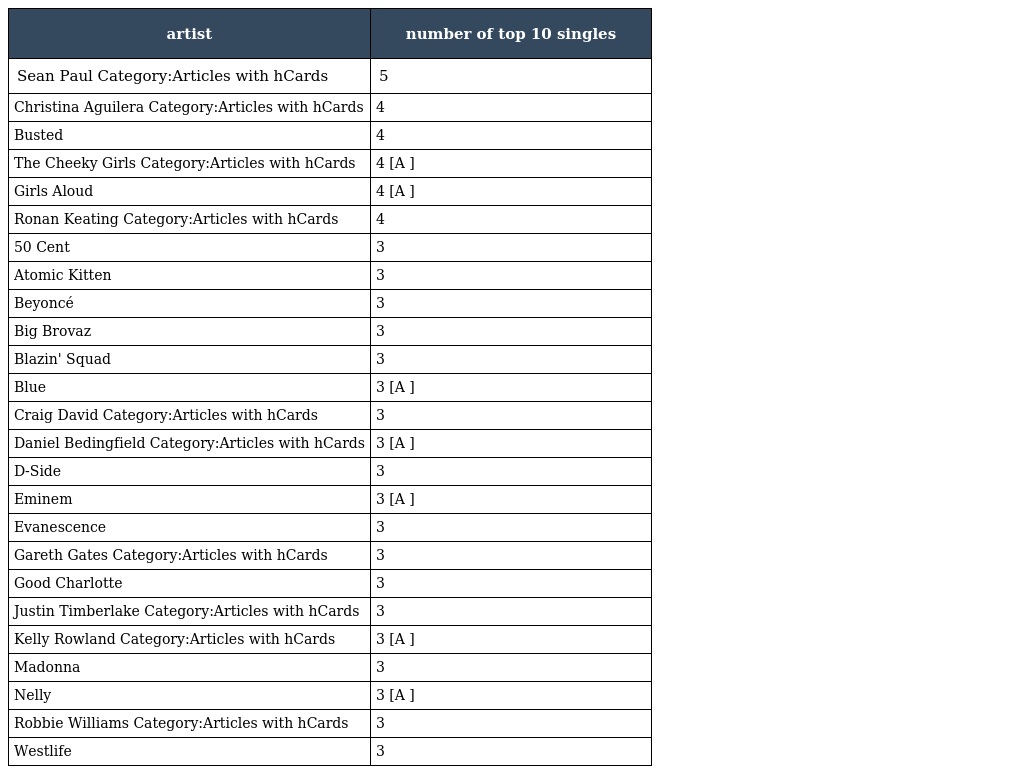
| artist | number of top 10 singles |
 | --- | --- |
 | Sean Paul Category:Articles with hCards | 5 |
 | Christina Aguilera Category:Articles with hCards | 4 |
 | Busted | 4 |
 | The Cheeky Girls Category:Articles with hCards | 4 [A ] |
 | Girls Aloud | 4 [A ] |
 | Ronan Keating Category:Articles with hCards | 4 |
 | 50 Cent | 3 |
 | Atomic Kitten | 3 |
 | Beyoncé | 3 |
 | Big Brovaz | 3 |
 | Blazin' Squad | 3 |
 | Blue | 3 [A ] |
 | Craig David Category:Articles with hCards | 3 |
 | Daniel Bedingfield Category:Articles with hCards | 3 [A ] |
 | D-Side | 3 |
 | Eminem | 3 [A ] |
 | Evanescence | 3 |
 | Gareth Gates Category:Articles with hCards | 3 |
 | Good Charlotte | 3 |
 | Justin Timberlake Category:Articles with hCards | 3 |
 | Kelly Rowland Category:Articles with hCards | 3 [A ] |
 | Madonna | 3 |
 | Nelly | 3 [A ] |
 | Robbie Williams Category:Articles with hCards | 3 |
 | Westlife | 3 |